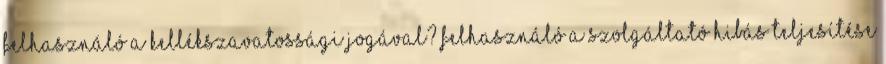
Felhasználó a kellékszavatossági jogával? Felhasználó a Szolgáltató hibás teljesítése